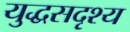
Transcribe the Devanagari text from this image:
युद्धसदृश्य